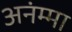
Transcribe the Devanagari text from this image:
अनंम्मा